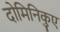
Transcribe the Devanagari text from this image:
दोमिनिकुए